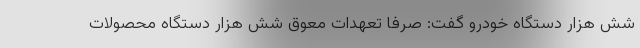
شش هزار دستگاه خودرو گفت: صرفا تعهدات معوق شش هزار دستگاه محصولات